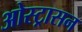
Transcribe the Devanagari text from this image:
ओस्ट्रासन